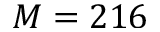
M = 2 1 6